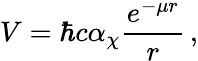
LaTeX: V=\hbar c\alpha_{\chi}\frac{e^{-\mu r}}{r}\, ,